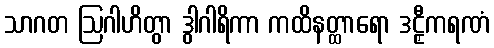
သာဂတ ဩဂါဟိတွာ ဒွါဂါရိကာ ကထိနတ္ထာရော ဒဠှီကရဏံ